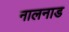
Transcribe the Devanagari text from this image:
नालनाड